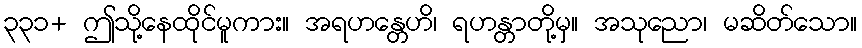
၃၃၁+ ဤသို့နေထိုင်မူကား။ အရဟန္တေဟိ၊ ရဟန္တာတို့မှ။ အသုညော၊ မဆိတ်သော။